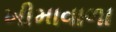
ખીમાવાળા